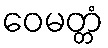
ဝေမတ္တံ